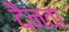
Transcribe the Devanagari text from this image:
दैनवा